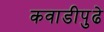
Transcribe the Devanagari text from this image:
कवाडीपुढे